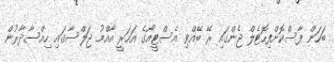
ބަހަން ފާސްކޮށްފިހޮޓެލް ޖެންގައި ރޭ ބޭއްވި އެސްޓީއޯގެ އަހަރީ އާއްމު ޖަލްސާގައި ހިއްސާދާރުން